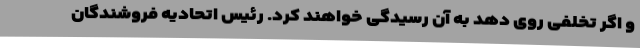
و اگر تخلفی روی دهد به آن رسیدگی خواهند کرد. رئیس اتحادیه فروشندگان